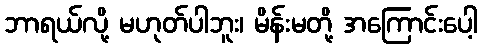
ဘာရယ်လို့ မဟုတ်ပါဘူး၊ မိန်းမတို့ အကြောင်းပေါ့